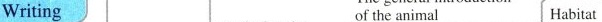
Writing of the animal Habitat